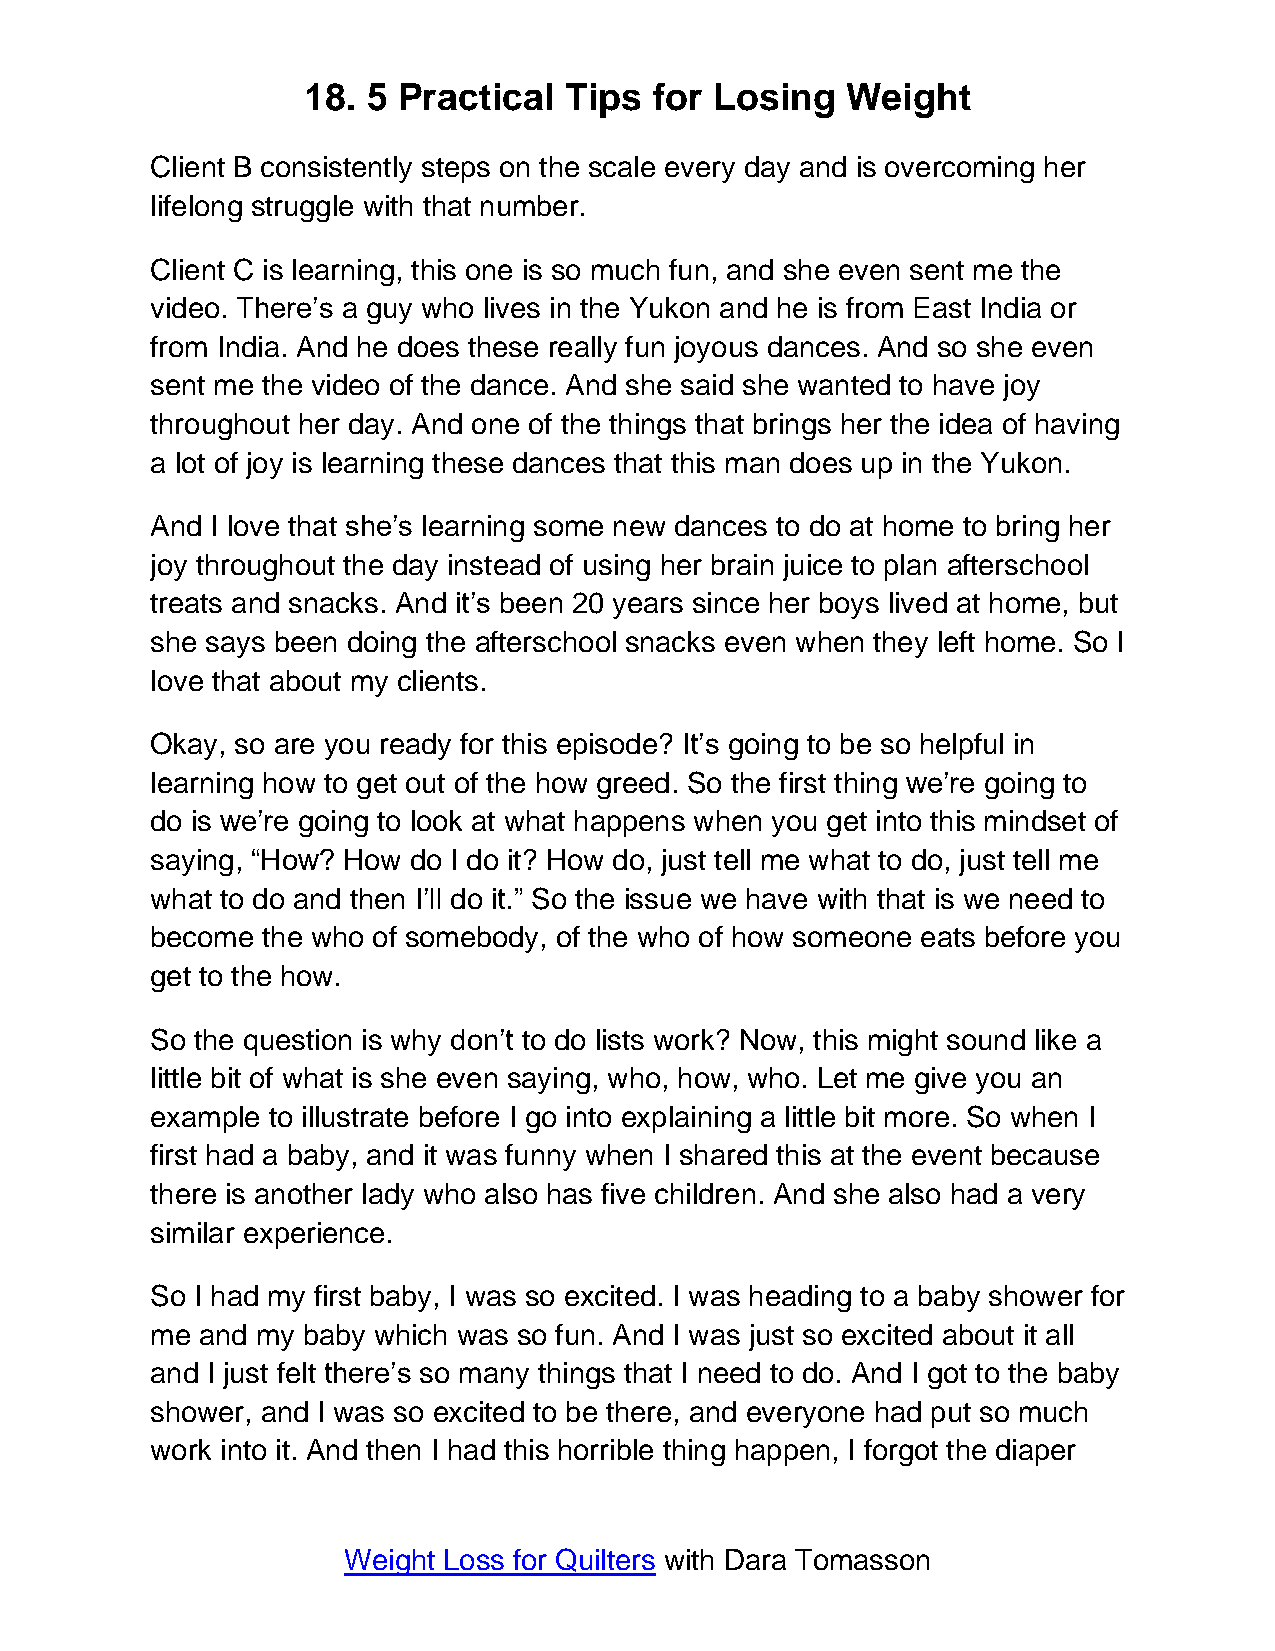
18. 5 Practical  Tips  for Losing   Weight
 Client B consistently steps on the scale every day and is overcoming her
 lifelong struggle with that number.
 Client C is learning, this one is so much fun, and she even sent me the
 video. There’s a guy who lives in the Yukon and he is from East India or
 from India. And he does these really fun joyous dances. And so she even
 sent me the video of the dance. And she said she wanted to have joy
 throughout her day. And one of the things that brings her the idea of having
 a lot of joy is learning these dances that this man does up in the Yukon.
 And I love that she’s learning some new dances to do at home to bring her
 joy throughout the day instead of using her brain juice to plan afterschool
 treats and snacks. And it’s been 20 years since her boys lived at home, but
 she says been doing the afterschool snacks even when they left home. So I
 love that about my clients.
 Okay, so are you ready for this episode? It’s going to be so helpful in
 learning how to get out of the how greed. So the first thing we’re going to
 do is we’re going to look at what happens when you get into this mindset of
 saying, “How? How do I do it? How do, just tell me what to do, just tell me
 what to do and then I’ll do it.” So the issue we have with that is we need to
 become the who of somebody, of the who of how someone eats before you
 get to the how.
 So the question is why don’t to do lists work? Now, this might sound like a
 little bit of what is she even saying, who, how, who. Let me give you an
 example to illustrate before I go into explaining a little bit more. So when I
 first had a baby, and it was funny when I shared this at the event because
 there is another lady who also has five children. And she also had a very
 similar experience.
 So I had my first baby, I was so excited. I was heading to a baby shower for
 me and my baby which was so fun. And I was just so excited about it all
 and I just felt there’s so many things that I need to do. And I got to the baby
 shower, and I was so excited to be there, and everyone had put so much
 work into it. And then I had this horrible thing happen, I forgot the diaper
 Weight Loss for Quilters with Dara Tomasson